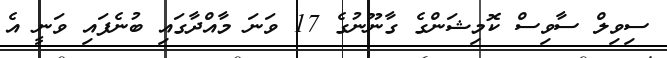
ސިވިލް ސާވިސް ކޮމިޝަންގެ ގާނޫނުގެ 17 ވަނަ މާއްދާގައި ބުނެފައި ވަނީ އެ